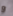
و